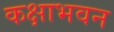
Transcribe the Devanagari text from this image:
कक्षाभवन